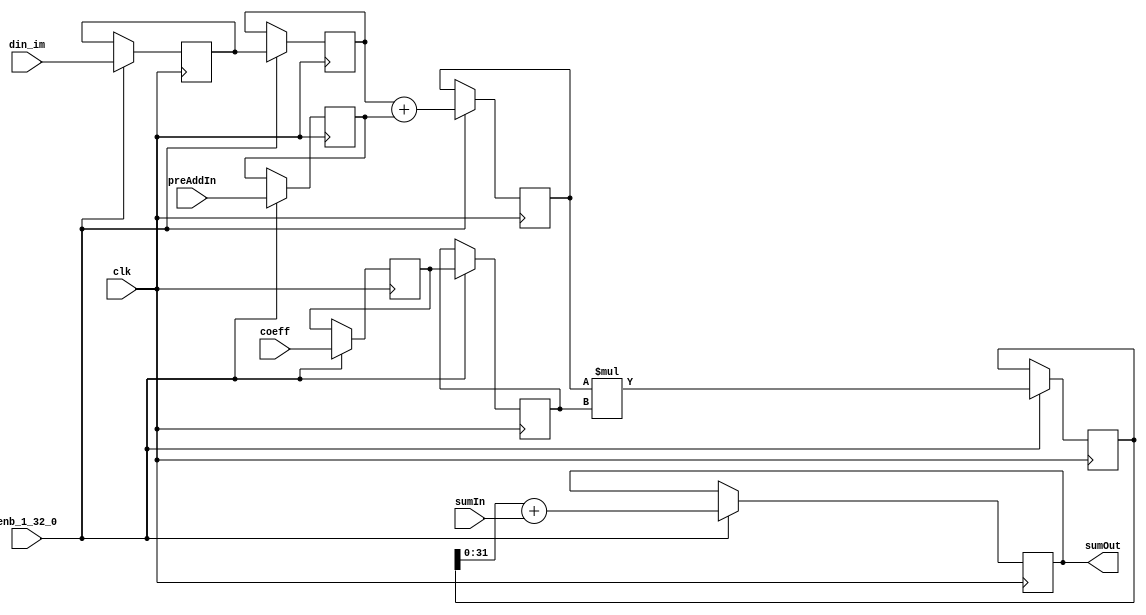
// -------------------------------------------------------------
// 
// 
// Generated by MATLAB 9.13 and HDL Coder 4.0
// 
// -------------------------------------------------------------


// -------------------------------------------------------------
// 
// Module: FilterTapSystolicPreAdd_block4
// Source Path: whdlOFDMTransmitter_up_con/OFDM_UC/HDL_DUC/Lowpass Interpolator/whdlOFDMTransmitter_up_con/OFDM_UC/HDL_DUC/Lowpass 
// Interpolator/FIRFilter1/FilterTapSystolicPreAd
// Hierarchy Level: 4
// 
// -------------------------------------------------------------

`timescale 1 ns / 1 ns

module FilterTapSystolicPreAdd_block4
          (clk,
           enb_1_32_0,
           din_im,
           preAddIn,
           coeff,
           sumIn,
           sumOut);


  input   clk;
  input   enb_1_32_0;
  input   signed [15:0] din_im;  // sfix16_En13
  input   signed [15:0] preAddIn;  // sfix16_En13
  input   signed [15:0] coeff;  // sfix16_En15
  input   signed [31:0] sumIn;  // sfix32_En28
  output  signed [31:0] sumOut;  // sfix32_En28


  reg signed [15:0] fTap_din1_reg1;  // sfix16
  reg signed [15:0] fTap_din1_reg2;  // sfix16
  reg signed [15:0] fTap_din2_reg1;  // sfix16
  reg signed [16:0] fTap_preAdd_reg;  // sfix17
  reg signed [32:0] fTap_mult_reg;  // sfix33
  reg signed [31:0] fTap_addout_reg;  // sfix32
  reg signed [15:0] fTap_coef_reg1;  // sfix16
  reg signed [15:0] fTap_coef_reg2;  // sfix16
  wire signed [16:0] fTap_preAdd_reg_next;  // sfix17_En13
  wire signed [32:0] fTap_mult_reg_next;  // sfix33_En28
  wire signed [31:0] fTap_addout_reg_next;  // sfix32_En28
  wire signed [31:0] fTap_add_cast;  // sfix32_En28
  wire signed [16:0] fTap_add_cast_1;  // sfix17_En13
  wire signed [16:0] fTap_add_cast_2;  // sfix17_En13

  initial begin
    fTap_din1_reg1 = 16'sb0000000000000000;
    fTap_din1_reg2 = 16'sb0000000000000000;
    fTap_din2_reg1 = 16'sb0000000000000000;
    fTap_preAdd_reg = 17'sb00000000000000000;
    fTap_coef_reg1 = 16'sb0000000000000000;
    fTap_coef_reg2 = 16'sb0000000000000000;
    fTap_mult_reg = 33'sh000000000;
    fTap_addout_reg = 32'sb00000000000000000000000000000000;
  end

  // FilterTapSystolicPreAddS
  always @(posedge clk)
    begin : fTap_process
      if (enb_1_32_0) begin
        fTap_preAdd_reg <= fTap_preAdd_reg_next;
        fTap_mult_reg <= fTap_mult_reg_next;
        fTap_addout_reg <= fTap_addout_reg_next;
        fTap_din1_reg2 <= fTap_din1_reg1;
        fTap_din1_reg1 <= din_im;
        fTap_din2_reg1 <= preAddIn;
        fTap_coef_reg2 <= fTap_coef_reg1;
        fTap_coef_reg1 <= coeff;
      end
    end

  assign sumOut = fTap_addout_reg;
  assign fTap_add_cast = fTap_mult_reg[31:0];
  assign fTap_addout_reg_next = fTap_add_cast + sumIn;
  assign fTap_mult_reg_next = fTap_preAdd_reg * fTap_coef_reg2;
  assign fTap_add_cast_1 = {fTap_din1_reg2[15], fTap_din1_reg2};
  assign fTap_add_cast_2 = {fTap_din2_reg1[15], fTap_din2_reg1};
  assign fTap_preAdd_reg_next = fTap_add_cast_1 + fTap_add_cast_2;



endmodule  // FilterTapSystolicPreAdd_block4